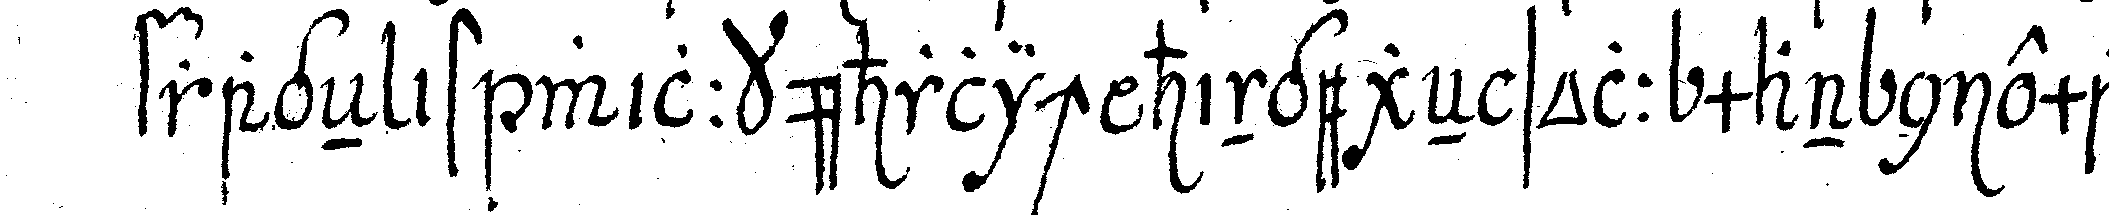
frageN ist willkührlich hingegeN soll man niemals